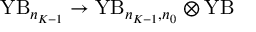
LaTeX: \mathrm { Y B } _ { n _ { K - 1 } } \rightarrow \mathrm { Y B } _ { n _ { K - 1 } , n _ { 0 } } \otimes \mathrm { Y B }